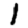
Digit: 1